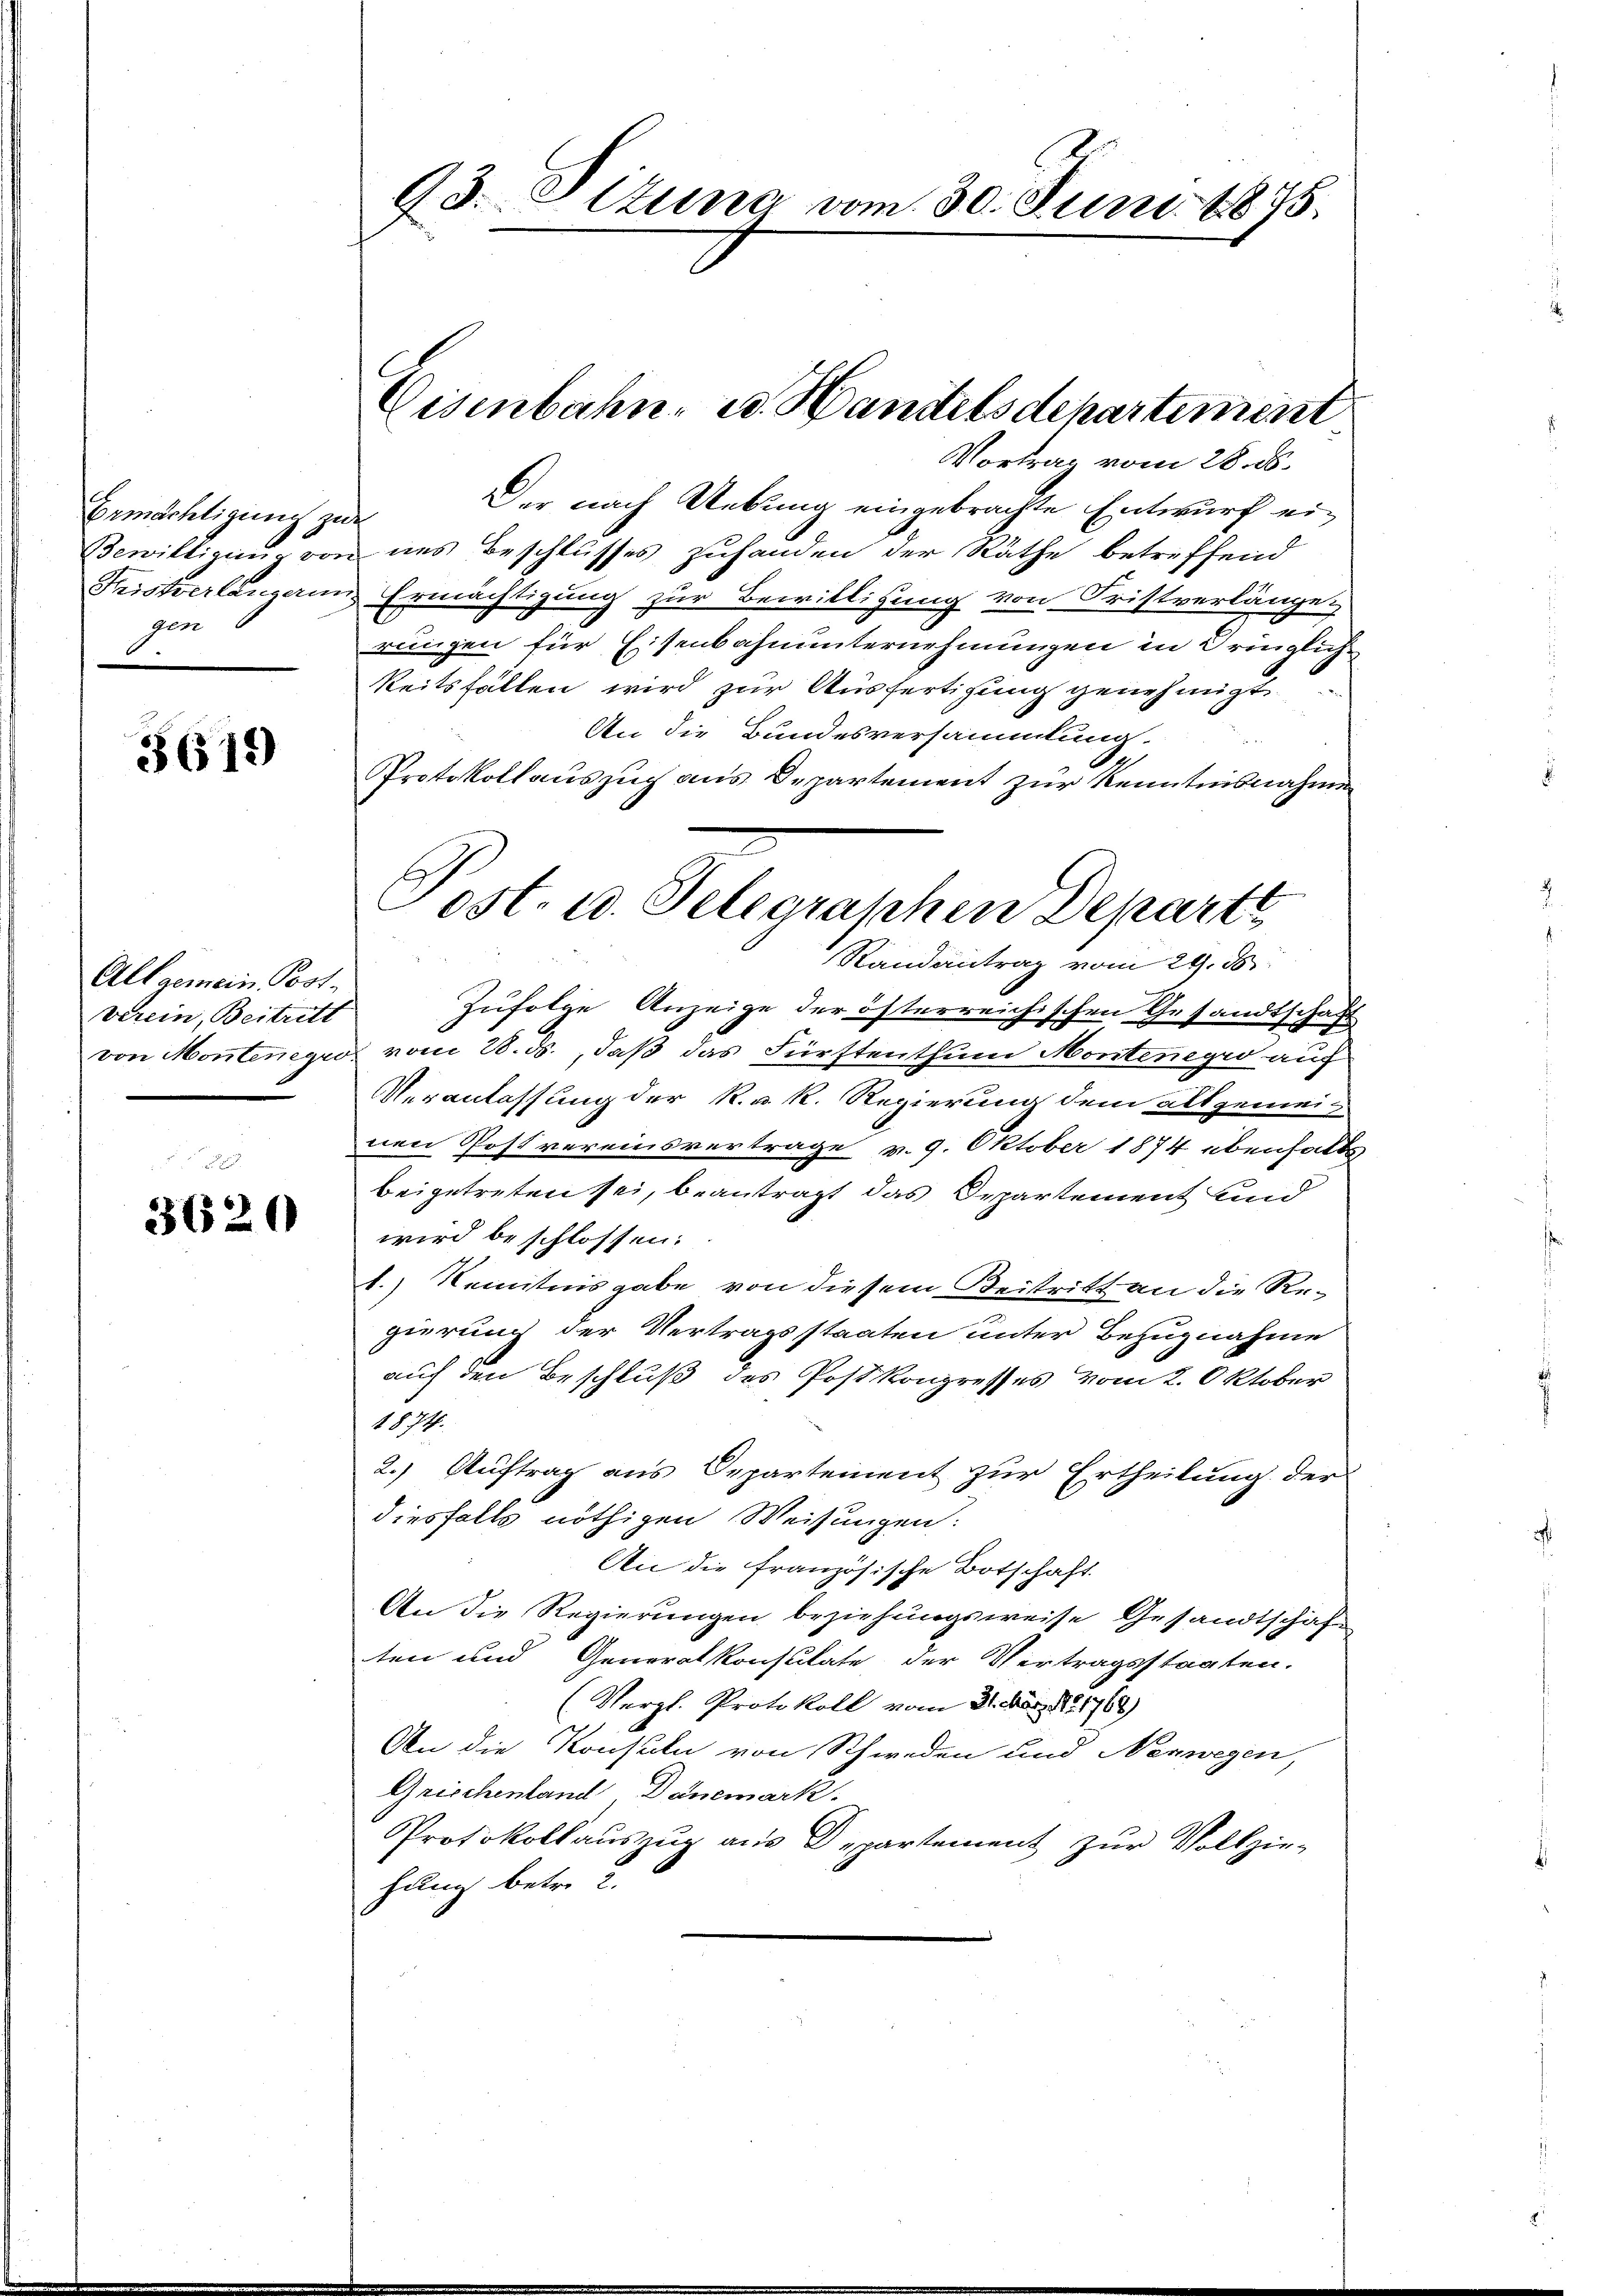
Ermächtigung zu
Bewilligung vor.
Fristverlängerin
gen
.

3619)

Allgemein Postverein, Beitritt
von Monntenegio

3620

98. Elzung vom 30. Juni 1875.

Eisenbahn- u. Handelsdepartement
Vortrag vom 28. ds.

Der nach Uebung eingebrachte Entwurf eines Beschlusses zuhanden der Räthe betreffend
Ermächtigung zur Bewilligung von Fristverlänge
rungen für Eisenbahnunternehmungen in dringlich
keitsfällen wird zur Ausfertigung genehmigt.
An die Bundesversammlung.
Protokollauszuch aus Departement zur Kenntnisnahmen
Zufolge Anzeige der öfterreichischen Gesandtschaft
vom 28. ds., daß das Fürftenthum Montenegio auf
Veranlassung der k. u. k. Regierung dem Allgemei-
nen Post vereinsvertrage v. 9. Oktober 1874 ebenfalls
beigetreten sei, beantragt das Departement und
wird beschlossen:
1.) Kenntnis gabe von diesem Beitritt an die Regierung der Vertragsstaaten unter Bezugnahme
auf den Beschluß des Postkongresses vom 2. Oktober
1874.
2.) Auftrag aus Departement zur Ertheilung der
diesfalls nöthigen Weisungen:
An die französische Botschaft.
An die Regierungen beziehungsweise Gesandtschäft
ten und Generalkonsulate der Vertragsstaaten.
(Vergl. Protokoll vom 31. Aug. 151768)
An die Konsuln von Schweden und Nenwegen,
Grischenland Dänemark.
Protokollauszug aus Departement zŭr Vollzie-
hang betr. 2.

Post- u. Telegraschen Departe
Randantrag vom 29. ds.